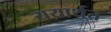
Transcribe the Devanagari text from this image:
ययार्थत